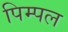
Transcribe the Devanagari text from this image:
पिम्पल